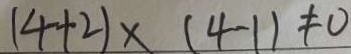
( 4 + 2 ) \times ( 4 - 1 ) \neq 0